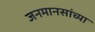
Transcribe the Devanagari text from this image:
जनमानसांच्या